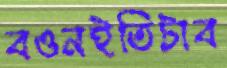
বওনইতিটাব